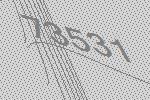
73531